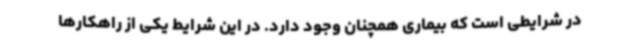
در شرایطی است که بیماری همچنان وجود دارد. در این شرایط یکی از راهکارها